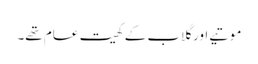
موتیے اور گلاب کے کھیت عام تھے۔